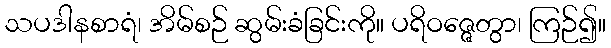
သပဒါနစာရံ၊ အိမ်စဉ် ဆွမ်းခံခြင်းကို။ ပရိဝဇ္ဇေတွာ၊ ကြဉ်၍။